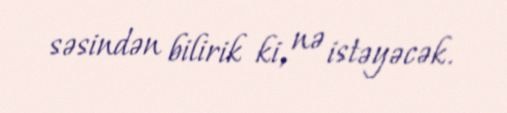
səsindən bilirik ki, nə istəyəcək.